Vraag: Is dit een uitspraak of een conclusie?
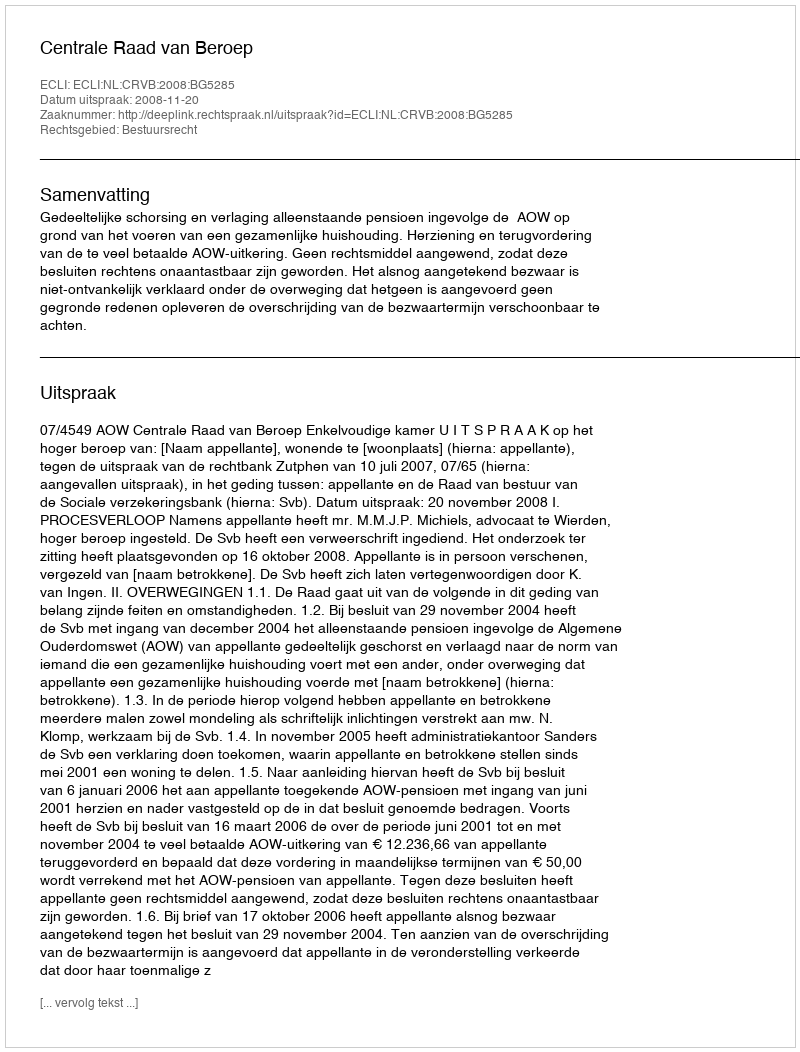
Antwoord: Uitspraak